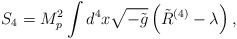
\begin{align*}S_4 = M_p ^2\int d^4 x\sqrt{-\tilde{g}}\left( \tilde{R}^{(4)} -\lambda\right) ,\end{align*}